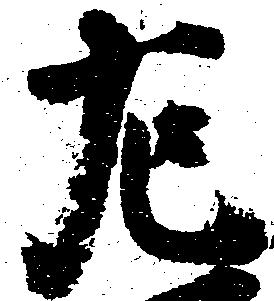
左